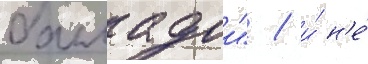
балладои" / и́ н'е́